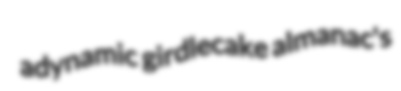
adynamic girdlecake almanac's